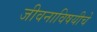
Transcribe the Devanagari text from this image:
जीवनाविषयीचे